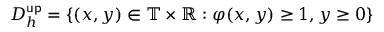
D _ { h } ^ { \mathsf { u p } } = \{ ( x , y ) \in \mathbb { T } \times \mathbb { R } : \varphi ( x , y ) \geq 1 , y \geq 0 \}